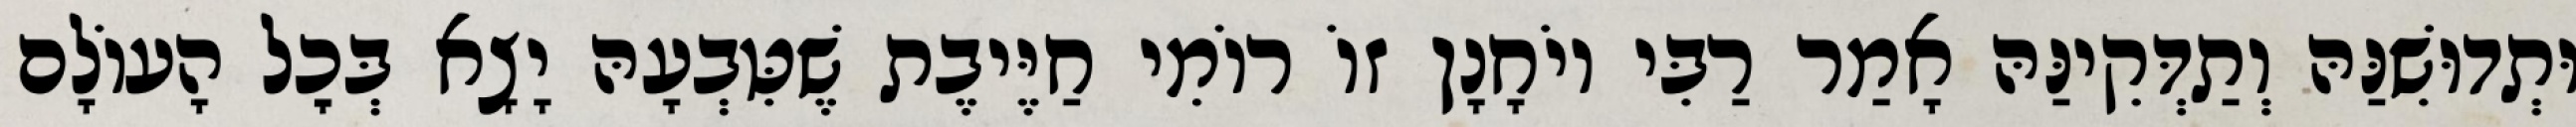
וּתְדוּשִׁנַּהּ וְתַדְּקִינַּהּ אָמַר רַבִּי יוֹחָנָן זוֹ רוֹמִי חַיֶּיבֶת שֶׁטִּבְעָהּ יָצָא בְּכׇל הָעוֹלָם